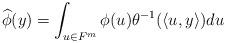
LaTeX: \begin{align*}\widehat{\phi}(y)=\int_{u\in F^m} \phi(u)\theta^{-1}(\langle u,y\rangle)du\end{align*}